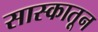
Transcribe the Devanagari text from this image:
सास्कातून